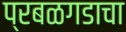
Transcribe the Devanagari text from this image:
प्रबळगडाचा